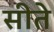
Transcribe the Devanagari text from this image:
सीते